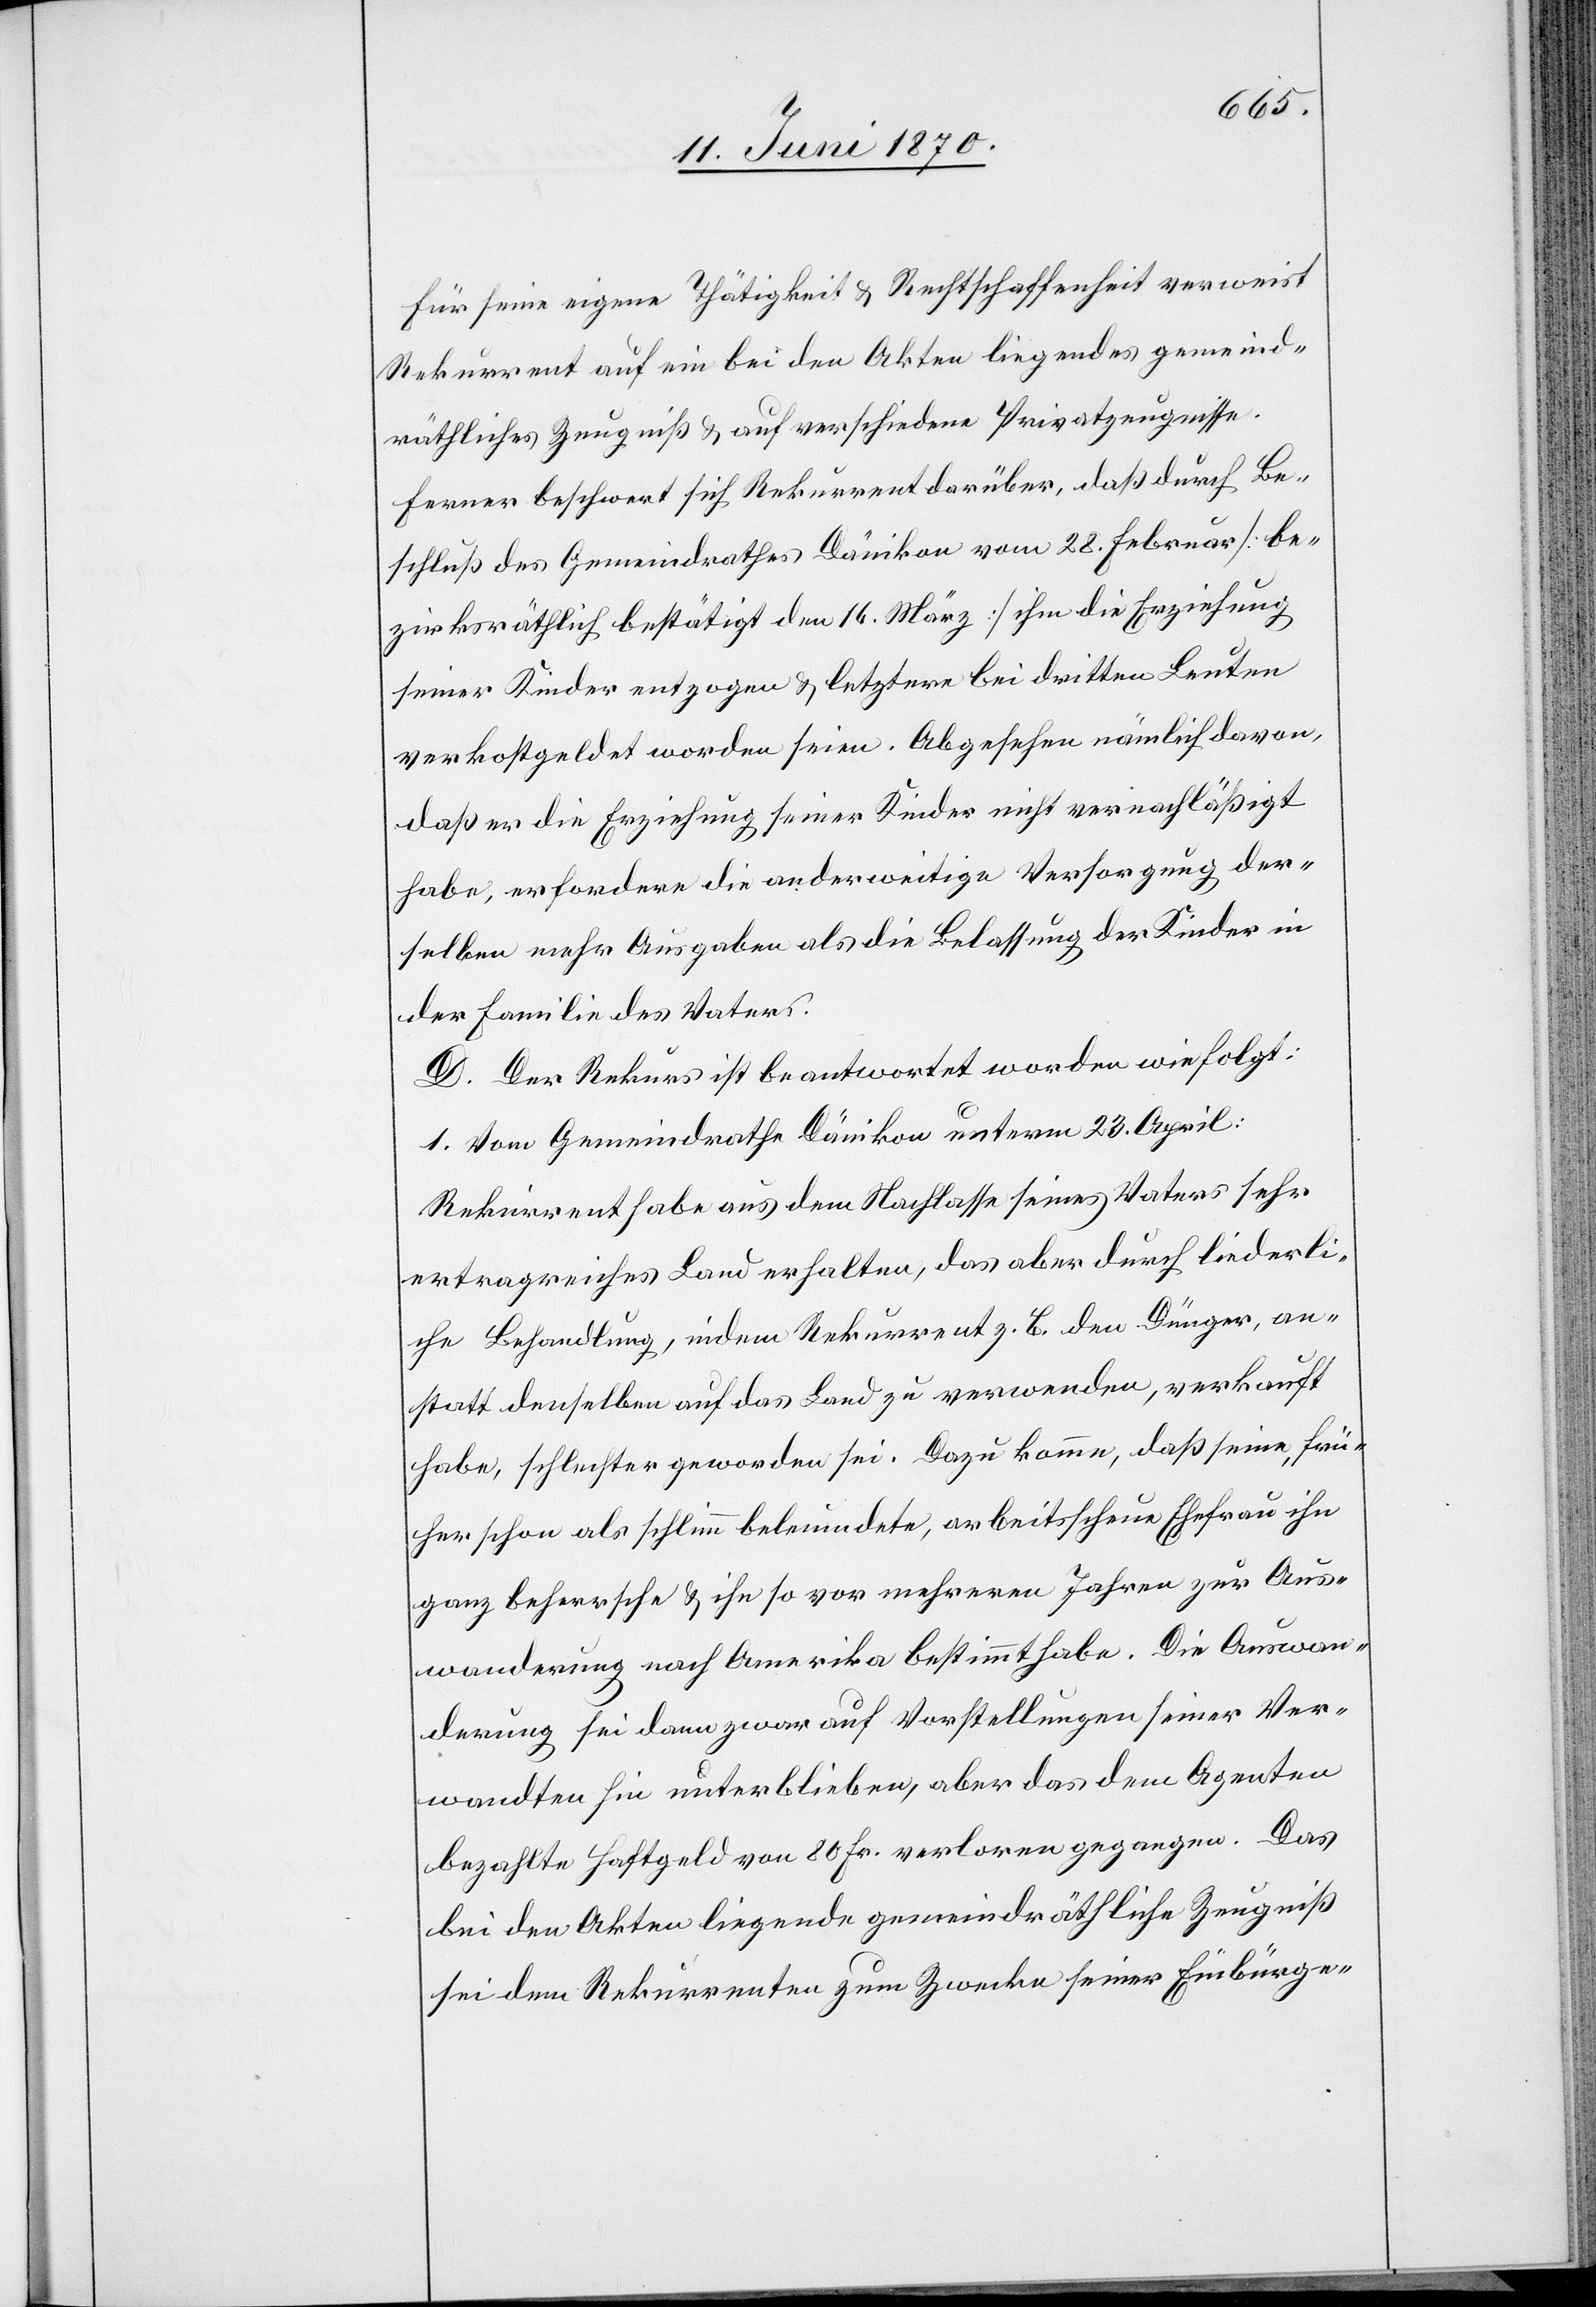
Für seine eigene Thätigkeit & Rechtschaffenheit verweist
Rekurrent auf ein bei den Akten liegendes gemeind¬
räthliches Zeugniß & auf verschiedene Privatzeugnisse.
Ferner beschwert sich Rekurrent darüber, daß durch Be¬
schluß des Gemeindrathes Dänikon vom 28. Februar [be¬
zirksräthlich bestätigt den 16. März] ihm die Erziehung
seiner Kinder entzogen & letztere bei dritten Leuten
verkostgeldet worden seien. Abgesehen nämlich davon,
daß er die Erziehung seiner Kinder nicht vernachläßigt
habe, erfordere die anderweitige Versorgung der¬
selben mehr Ausgaben als die Belassung der Kinder in
der Familie des Vaters.
D. Der Rekurs ist beantwortet worden wie folgt:
1. Vom Gemeindrathe Dänikon unterm 23. April:
Rekurrent habe aus dem Nachlasse seines Vaters sehr
ertragreiches Land erhalten, das aber durch liederli¬
che Behandlung, indem Rekurrent z. B. den Dünger, an¬
statt denselben auf das Land zu verwenden, verkauft
habe, schlechter geworden sei. Dazu komme, daß seine, frü¬
her schon als schlimm beleumdete, arbeitsscheue Ehefrau ihn
ganz beherrsche & ihn so vor mehreren Jahren zur Aus¬
wanderung nach Amerika bestimmt habe. Die Auswan¬
derung sei dann zwar auf Vorstellungen seiner Ver¬
wandten hin unterblieben, aber das dem Agenten
bezahlte Haftgeld von 80 Fr. verloren gegangen. Das
bei den Akten liegende gemeindräthliche Zeugniß
sei dem Rekurrenten zum Zwecke seiner Einbürge-